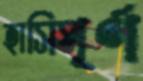
হাসিপূর্ণ